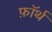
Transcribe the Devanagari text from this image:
फ़ाॅर्थ